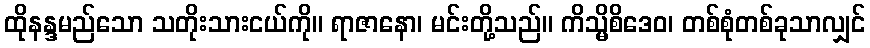
ထိုနန္ဒမည်သော သတိုးသားငယ်ကို။ ရာဇာနော၊ မင်းတို့သည်။ ကိသ္မိစိဒေဝ၊ တစ်စုံတစ်ခုသာလျှင်